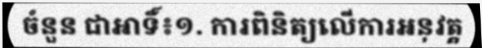
ចំនួន ជាអាទិ៍៖១. ការពិនិត្យលើការអនុវត្ត